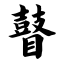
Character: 瞽